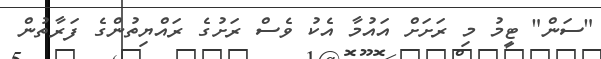
"ސަން" ޓީމު މި ރަށަށް އައުމާ އެކު ވެސް ރަށުގެ ރައްޔިތުންގެ ފަރާތުން